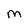
Character: M